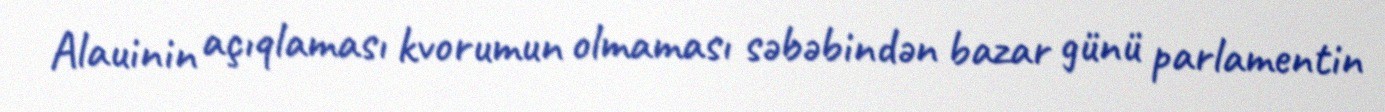
Alauinin açıqlaması kvorumun olmaması səbəbindən bazar günü parlamentin